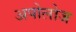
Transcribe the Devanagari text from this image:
अपोलोज